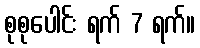
စုစုပေါင်း ရက် 7 ရက်။